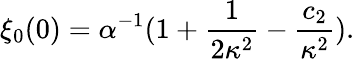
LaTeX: \xi_{0}(0)=\alpha^{-1}(1+\frac{1}{2\kappa^{2}}-\frac{c_{2}}{\kappa^{2}}).